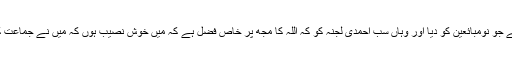
پھر انہوں نے اپنے پیغام میں لکھا ہے جو نومبائعین کو دیا اور وہاں سب احمدی لجنہ کو کہ اللہ کا مجھ پر خاص فضل ہے کہ میں خوش نصیب ہوں کہ میں نے جماعت کی ترقی اپنی زندگی میں دیکھی ہے۔